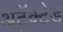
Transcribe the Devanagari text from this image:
अट्रॅक्टेड